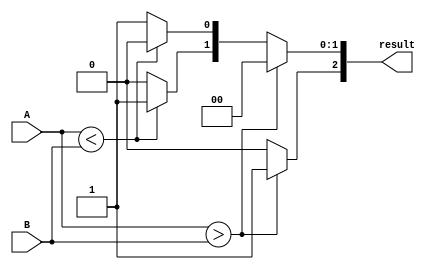
module ParameterizedComparator #(parameter N = 8) (
    input  wire [N-1:0] A,   // Input A
    input  wire [N-1:0] B,   // Input B
    output reg  [2:0] result  // Output: {A > B, A < B, A == B}
);

// Always block to compare A and B
always @* begin
    // Initialize result to zero
    result = 3'b000;

    if (A > B) begin
        result[2] = 1'b1; // A is greater than B
    end else if (A < B) begin
        result[1] = 1'b1; // A is less than B
    end else begin
        result[0] = 1'b1; // A is equal to B
    end
end

endmodule